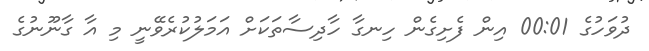
ދުވަހުގެ 00:01 އިން ފެށިގެން ހިނގާ ހާދިސާތަކަށް އަމަލުކުރެވޭނީ މި އާ ގާނޫނުގެ